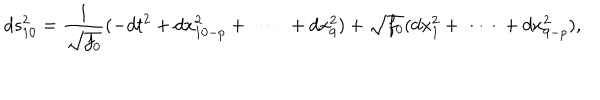
LaTeX: d s _ { 1 0 } ^ { 2 } = \frac { 1 } { \sqrt { f _ { 0 } } } ( - d t ^ { 2 } + d x _ { 1 0 - p } ^ { 2 } + \ \cdots \ + d x _ { 9 } ^ { 2 } ) + \sqrt { f _ { 0 } } ( d x _ { 1 } ^ { 2 } + \ \cdots \ + d x _ { 9 - p } ^ { 2 } ) ,